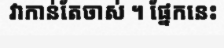
វាកាន់តែចាស់ ។ ផ្នែកនេះ